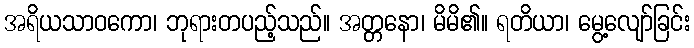
အရိယသာဝကော၊ ဘုရားတပည့်သည်။ အတ္တနော၊ မိမိ၏။ ရတိယာ၊ မွေ့လျော်ခြင်း